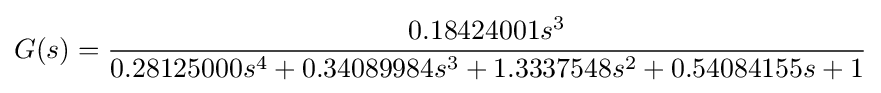
{\begin{aligned}G(s)&={\frac {0.18424001s^{3}}{0.28125000s^{4}+0.34089984s^{3}+1.3337548s^{2}+0.54084155s+1}}\\\end{aligned}}